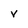
Character: v